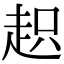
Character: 𧻍